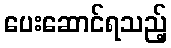
ပေးဆောင်ရသည့်